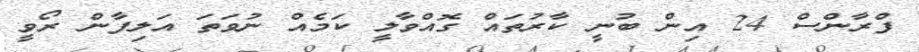
ފްރާންސް 24 އިން ބުނީ ކާރުތައް ގޮއްވާލީ ކަމެއް ނުވަތަ އަލިފާން ރޯވީ